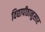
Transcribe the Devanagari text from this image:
विद्यापीठानुसार